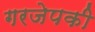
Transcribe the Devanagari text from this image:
गरजेपकी